Lunatic asylums Central Provinces reports 1895-1909 - 1895-1909
Year: 1895
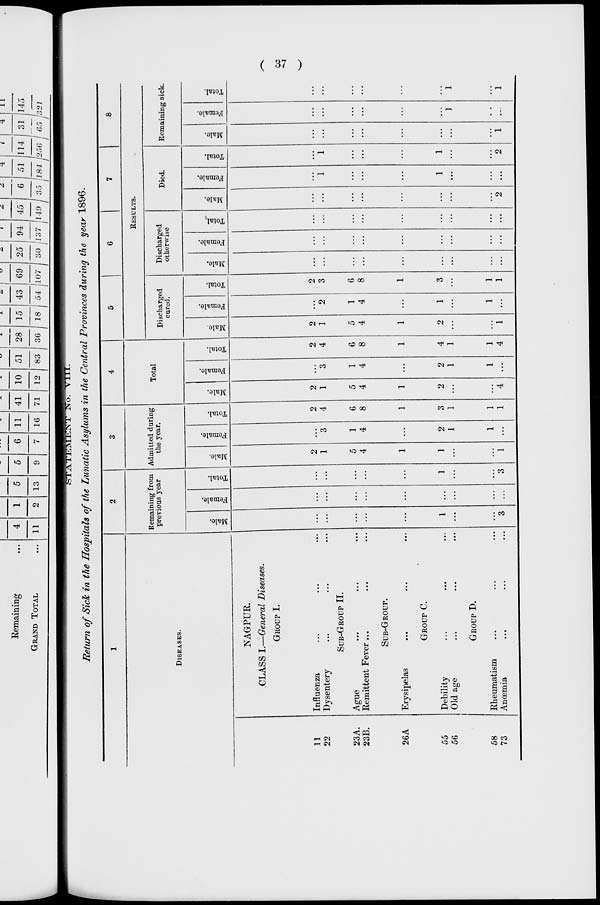
( 37 )
STATEMENT No. VIII.
Return of Sick in the Hospitals of the Lunatic Asylums in the Central Provinces during the year 1896.
1
DISEASES.
11
22
23A.
23B.
26A
55
56
58
73
NAGPUR.
CLASS I.—General Diseases.
GROUP I.
Influenza ... ... ...
Dysentery ... ... ...
SUB-GROUP II.
Ague
...
...
...
Remittent Fever ... ... ...
SUB-GROUP.
Erysipelas ... ... ...
GROUP C.
Debility ... ... ...
Old age ... ... ...
GROUP D.
Rheumatism ... ... ...
Anœmia ... ... ...
2
Remaining from
previous year
Male.
...
...
...
...
...
1
...
...
3
Female.
...
...
...
...
...
...
...
...
...
Total.
...
...
...
...
...
1
...
...
3
3
Admitted during
the year.
Male.
2
1
5
4
1
1
...
...
1
Female.
...
3
1
4
...
2
1
1
...
Total.
2
4
6
8
1
3
1
1
1
4
Total
Male.
2
1
5
4
1
2
...
...
4
Female.
...
3
1
4
...
2
1
1
...
Total.
2
4
6
8
1
4
1
1
4
5
6
7
8
RESULTS.
Discharged
cured.
Male.
2
1
5
4
1
2
...
...
1
Female.
...
2
1
4
...
1
...
1
...
Total.
2
3
6
8
1
3
...
1
1
Discharged
otherwise
Male.
...
...
...
...
...
...
...
...
...
Female.
...
...
...
...
...
...
...
...
...
Total.
...
...
...
...
...
...
...
...
...
Died.
Male.
...
...
...
...
...
...
...
...
2
Female.
...
1
...
...
...
1
...
...
...
Total.
...
1
...
...
...
1
...
...
2
Remaining sick.
Male.
...
...
...
...
...
...
...
...
1
Female.
...
...
...
...
...
...
1
...
...
Total.
...
...
...
...
...
...
1
...
1